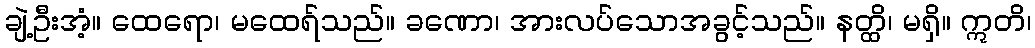
ချဲ့ဦးအံ့။ ထေရော၊ မထေရ်သည်။ ခဏော၊ အားလပ်သောအခွင့်သည်။ နတ္ထိ၊ မရှိ။ ဣတိ၊